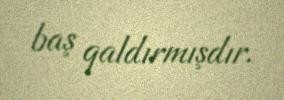
baş qaldırmışdır.